Riigikantselei, lk 115
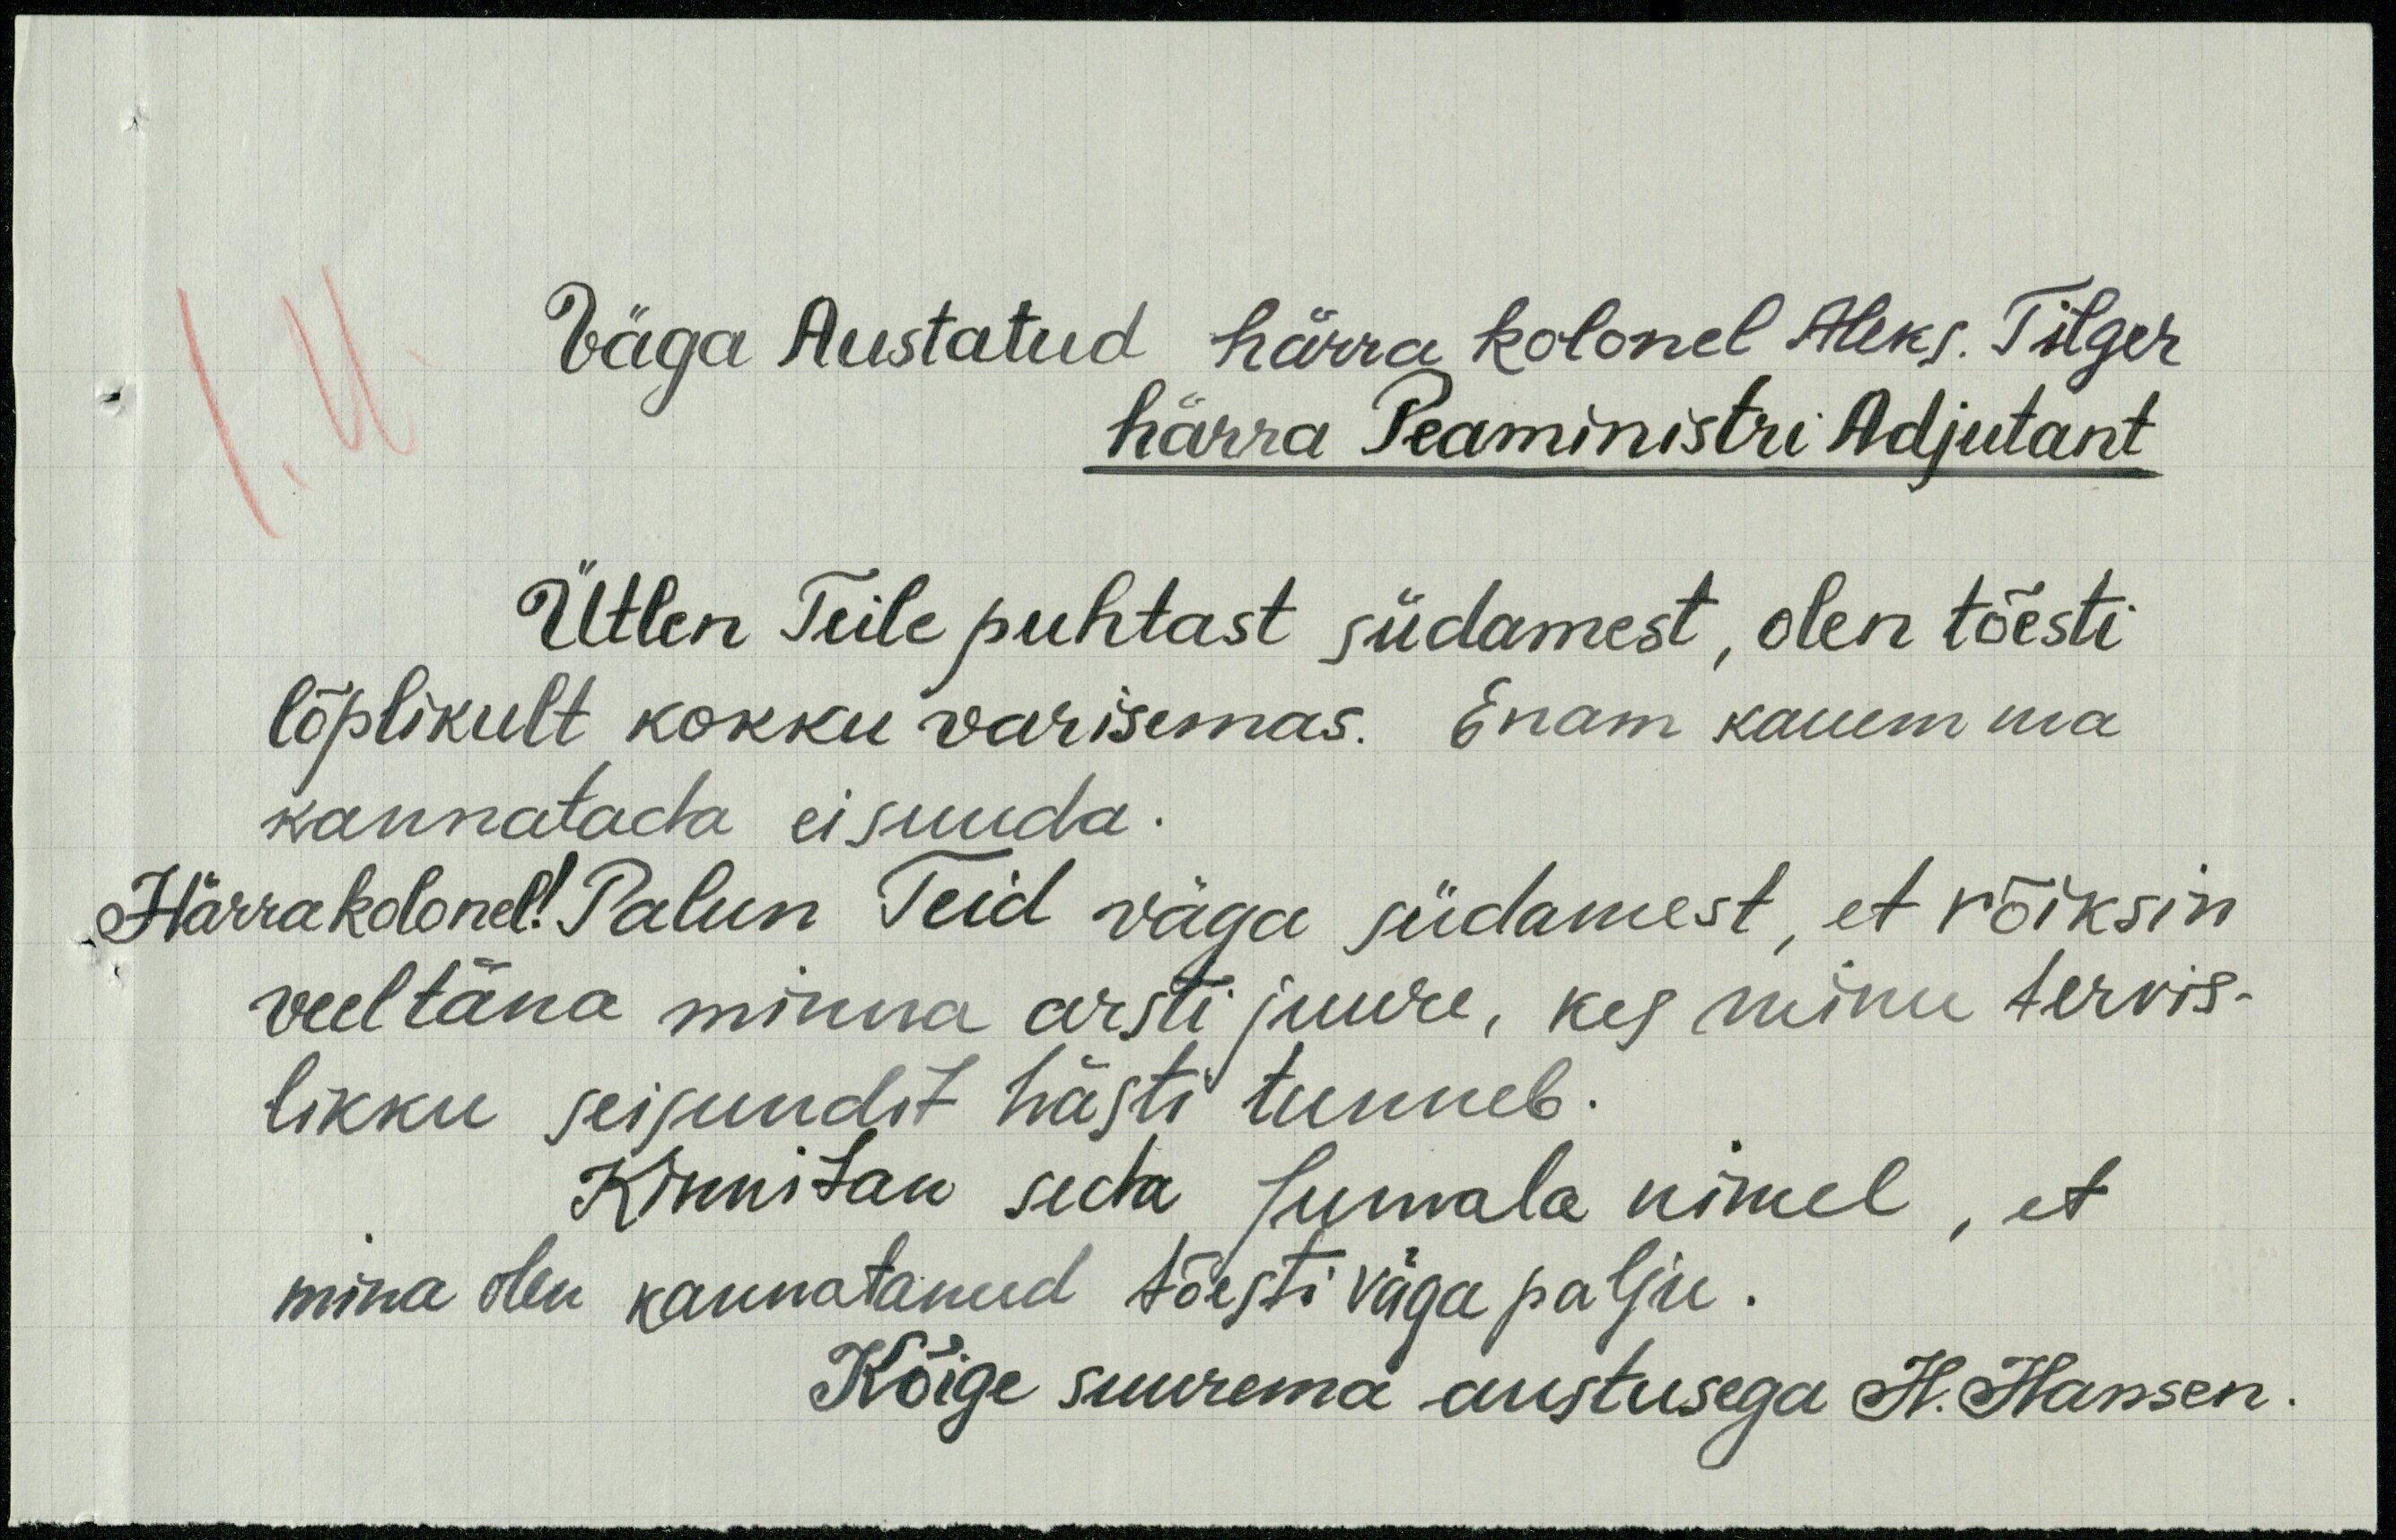
Väga Austatud härra kolonel Aleks. Tilger
härra Peaministri Adjutant
Ütlen Teile puhtast südamest, olen tõesti
lõplikult kokku varisemas. Enam kauem ma
kannatada ei suuda.
Härra kolonel! Palun Teid väga südamest, et võiksin
veel täna minna arsti juure, kes minu tervis-
likku seisundit hästi tunneb.
Kinnitan seda Jumala nimel, et
mina olen kannatanud tõesti väga palju.
Kõige suurema austusega H. Hansen.